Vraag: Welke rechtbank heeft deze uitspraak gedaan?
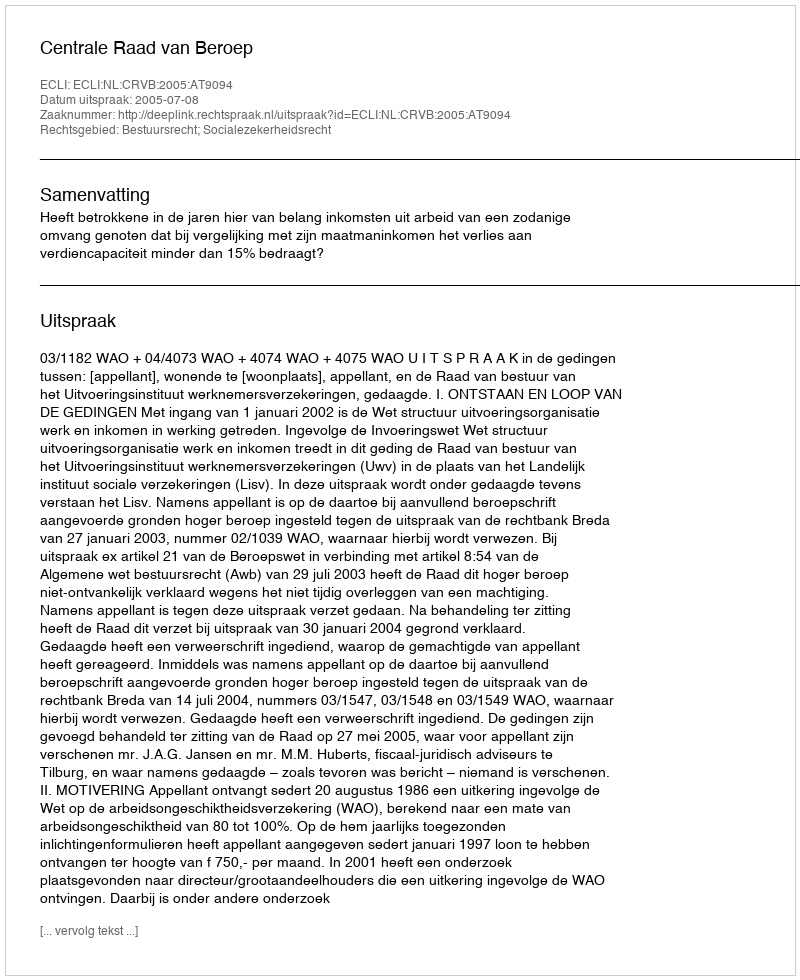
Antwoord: Centrale Raad van Beroep